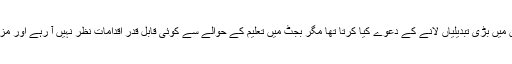
ہر کوئی یہ کہہ رہا ہے کہ عمران خان تعلیمی میدان میں بڑی تبدیلیاں لانے کے دعوے کیا کرتا تھا مگر بجٹ میں تعلیم کے حوالے سے کوئی قابل قدر اقدامات نظر نہیں آ رہے اور مزید یہ کہ تعلیم کا بجٹ بھی گزشتہ سے کم رکھا گیا۔